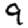
Digit: 9